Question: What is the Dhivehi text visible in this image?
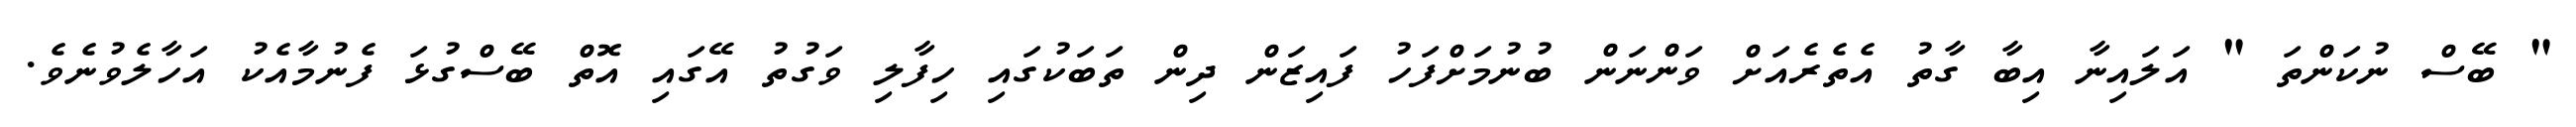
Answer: " ބޭސް ނުކަންތަ " އަލައިނާ އިބާ ގާތު އެތެރެއަށް ވަންނަން ބުނުމަށްފަހު ފައިޒަން ދިން ތަބަކުގައި ހިފާލި ވަގުތު އޭގައި އޮތް ބޭސްގުޅަ ފެނުމާއެކު އަހާލެވުނެވެ.